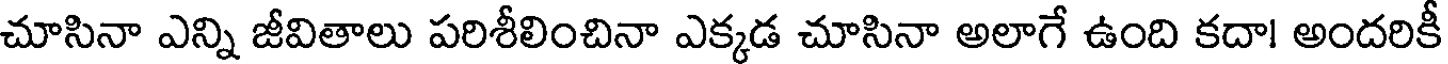
చూసినా ఎన్ని జీవితాలు పరిశీలించినా ఎక్కడ చూసినా అలాగే ఉంది కదా! అందరికీ